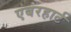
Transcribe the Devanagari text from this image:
एबरहार्ट